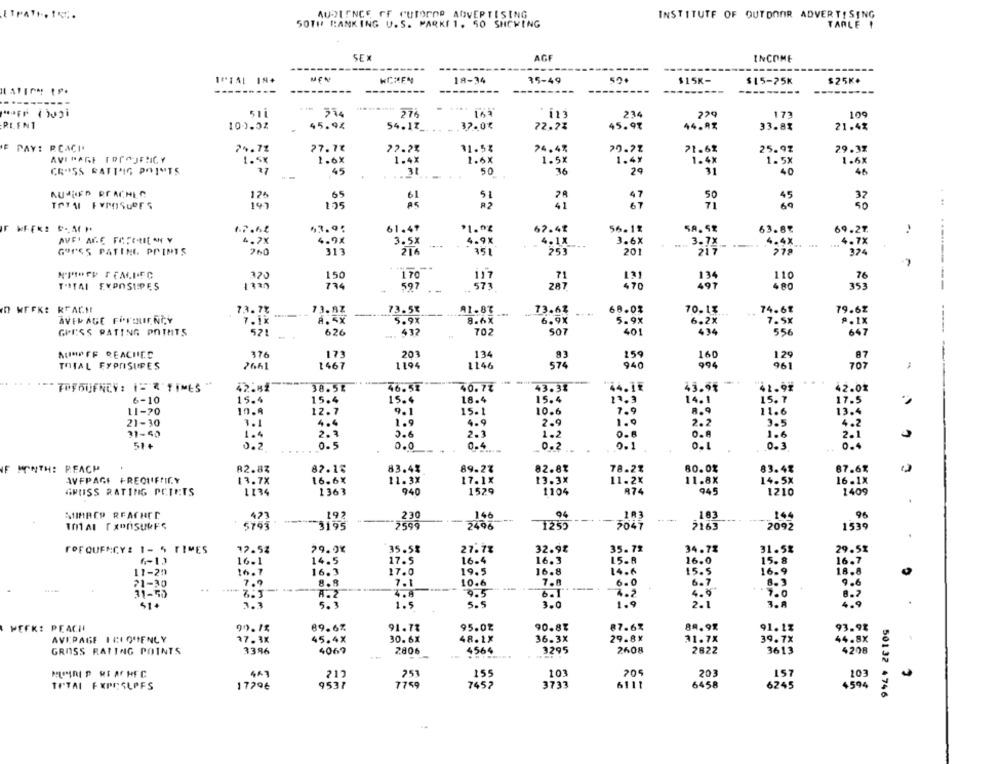
AUDIENCE OF CUTOROP ADVERTISING
INSTITUTE OF OUTDOOR ADVERTISING
SOTH BANKING U.S. MARKET. 50 SHOWING
TARLE !
SEX
AGF
INCOME
-----------
MEN
HCHEN
18-34
35-49
500
$15K-
$15-75k
$25K+
-----
---------
...
51i
374
27%
157
234
229
173
109
PLENT
109-02
45.94
54.13_
37.0%
72.2%
45.9%
44.AZ
33.8%
21.4%
E PAY: REACH
7%.7%
27.7%
77.7%
31.5%
24.4%
71.61
25.97
29.37
AVIPAGE TOPOJENCY
1.5x
1.6X
1.6X
1.5x
1.49
1.4X
1.5X
1.6X
1 .4X
CROISS RATING POINTS
17
45
50
36
29
31
:40
46
AUJED REACHER
175
65
61
47
50
45
R2
41
67
71
69
32
61.47
$1.08
67.48
56.11
58. 5%
63.8%
69.27.
4.7x
4.9%
3.5X
4.9x
4. 1X
3.6X
3.7X
4.4X
... 4.7x
GOLES PATINE POINTS
260
313
216
351
253
201
217
279
374
370
150
117
71
131
110
170
134
76
T-ITAI EXPOSIPES
734
597
573
287
480
353
D WEEK: REACH
73.78
13. AZ
73.5%
A1-87
73.63
68.0%
70.1%
74.61
79.62
AVERAGE FREQUENCY
7.1x
8.5X
5.9X
8.6X
6.9X
5.9%
6.2%
7.5x
P . 1X
GPESS RATING POINTS
521
- .
626
432
702
507
401
434
556
203
AUIMPFF REACHES
376
173
134
83
259
160
129
TOTAL FYPRISUPES
7661
1467
1194
1146
574
940
994
961
TOFOUFNCV: 1= R TIME5
42.52
38.58
46.53
40.7%
43.3%
44.1₺
45.98
42.9%
42.01
6-10
15.4
15.4
15.4
18.4
15.4
13.3
14.1
15. 7
17.5
11-70
10.9
12.7
9.1
15-1
10.6
11.6
13.4
1.9
21-30
3.1
4.4
1.9
4.9
2.9
2.2
3.5
4.2
31-40
1.4
2.3
3.6
2.3
1.2
0.8
1.6
2.1
51 +
0.2
0.5
0.0
0.4
0.2
0.1
0.1
0.3
78.2%
IF MONTH: REACH
82.87
82.18
83.44
89.2%
82.8%
80.0%
83.48
87.68
AVFPAGE FREOUFMILY
13.7X
16.6%
11.3X
17.1X
13.3%
11.2%
R74
16.1X
GRUSS RATING PCIETS
1134
1363
940
1529
1104
945
1210
1409
423
192
230
146
04
163
144
96
5795
3195
2599
2496
1255
₹047
2165
2092
1539
FOF OUFACY : 1- 5 TIMES
12.5%
29.9%
35.58
27.7%
32.9%
35.72
34.7%
31.5%
29.58
(-1)
16.1
14.5
17.5
16.4
16.3
15.8
16.0
15. 8
16.7
11-20
16.7
16.3
17.0
19.5
16.8
14.6
15.5
18.8
21-30
..
7.9
--.
8.8
7.1
10.6
7.8
6.0
6.7
31-50
9.5
6.1
4.2
4.9
.7.0
8 . ?
5.3
1.5
5.5
2.1
3.A
51+
3.0
90.18
89.6%
95.0%
90.8%
87.6%
84. 9%
91.12
MEFK: PEACH
91.77
93.98
AVERAGE ICIQUENCY
37.3x
30.6X
48.1X
36.3X
29.8x
31.7x
39.7x
3386
406
4564
3295
2608
2822
GROSS RATING POINTS
2806
3613
4208
ESe
MISIRI P RE AF HFC
447
155
103
205
203
157
10
TOTAL FXPESLPFS
1779€
9537
7759
7457
3733
6111
6458
6245
50132 4746